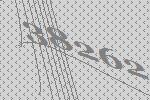
38262